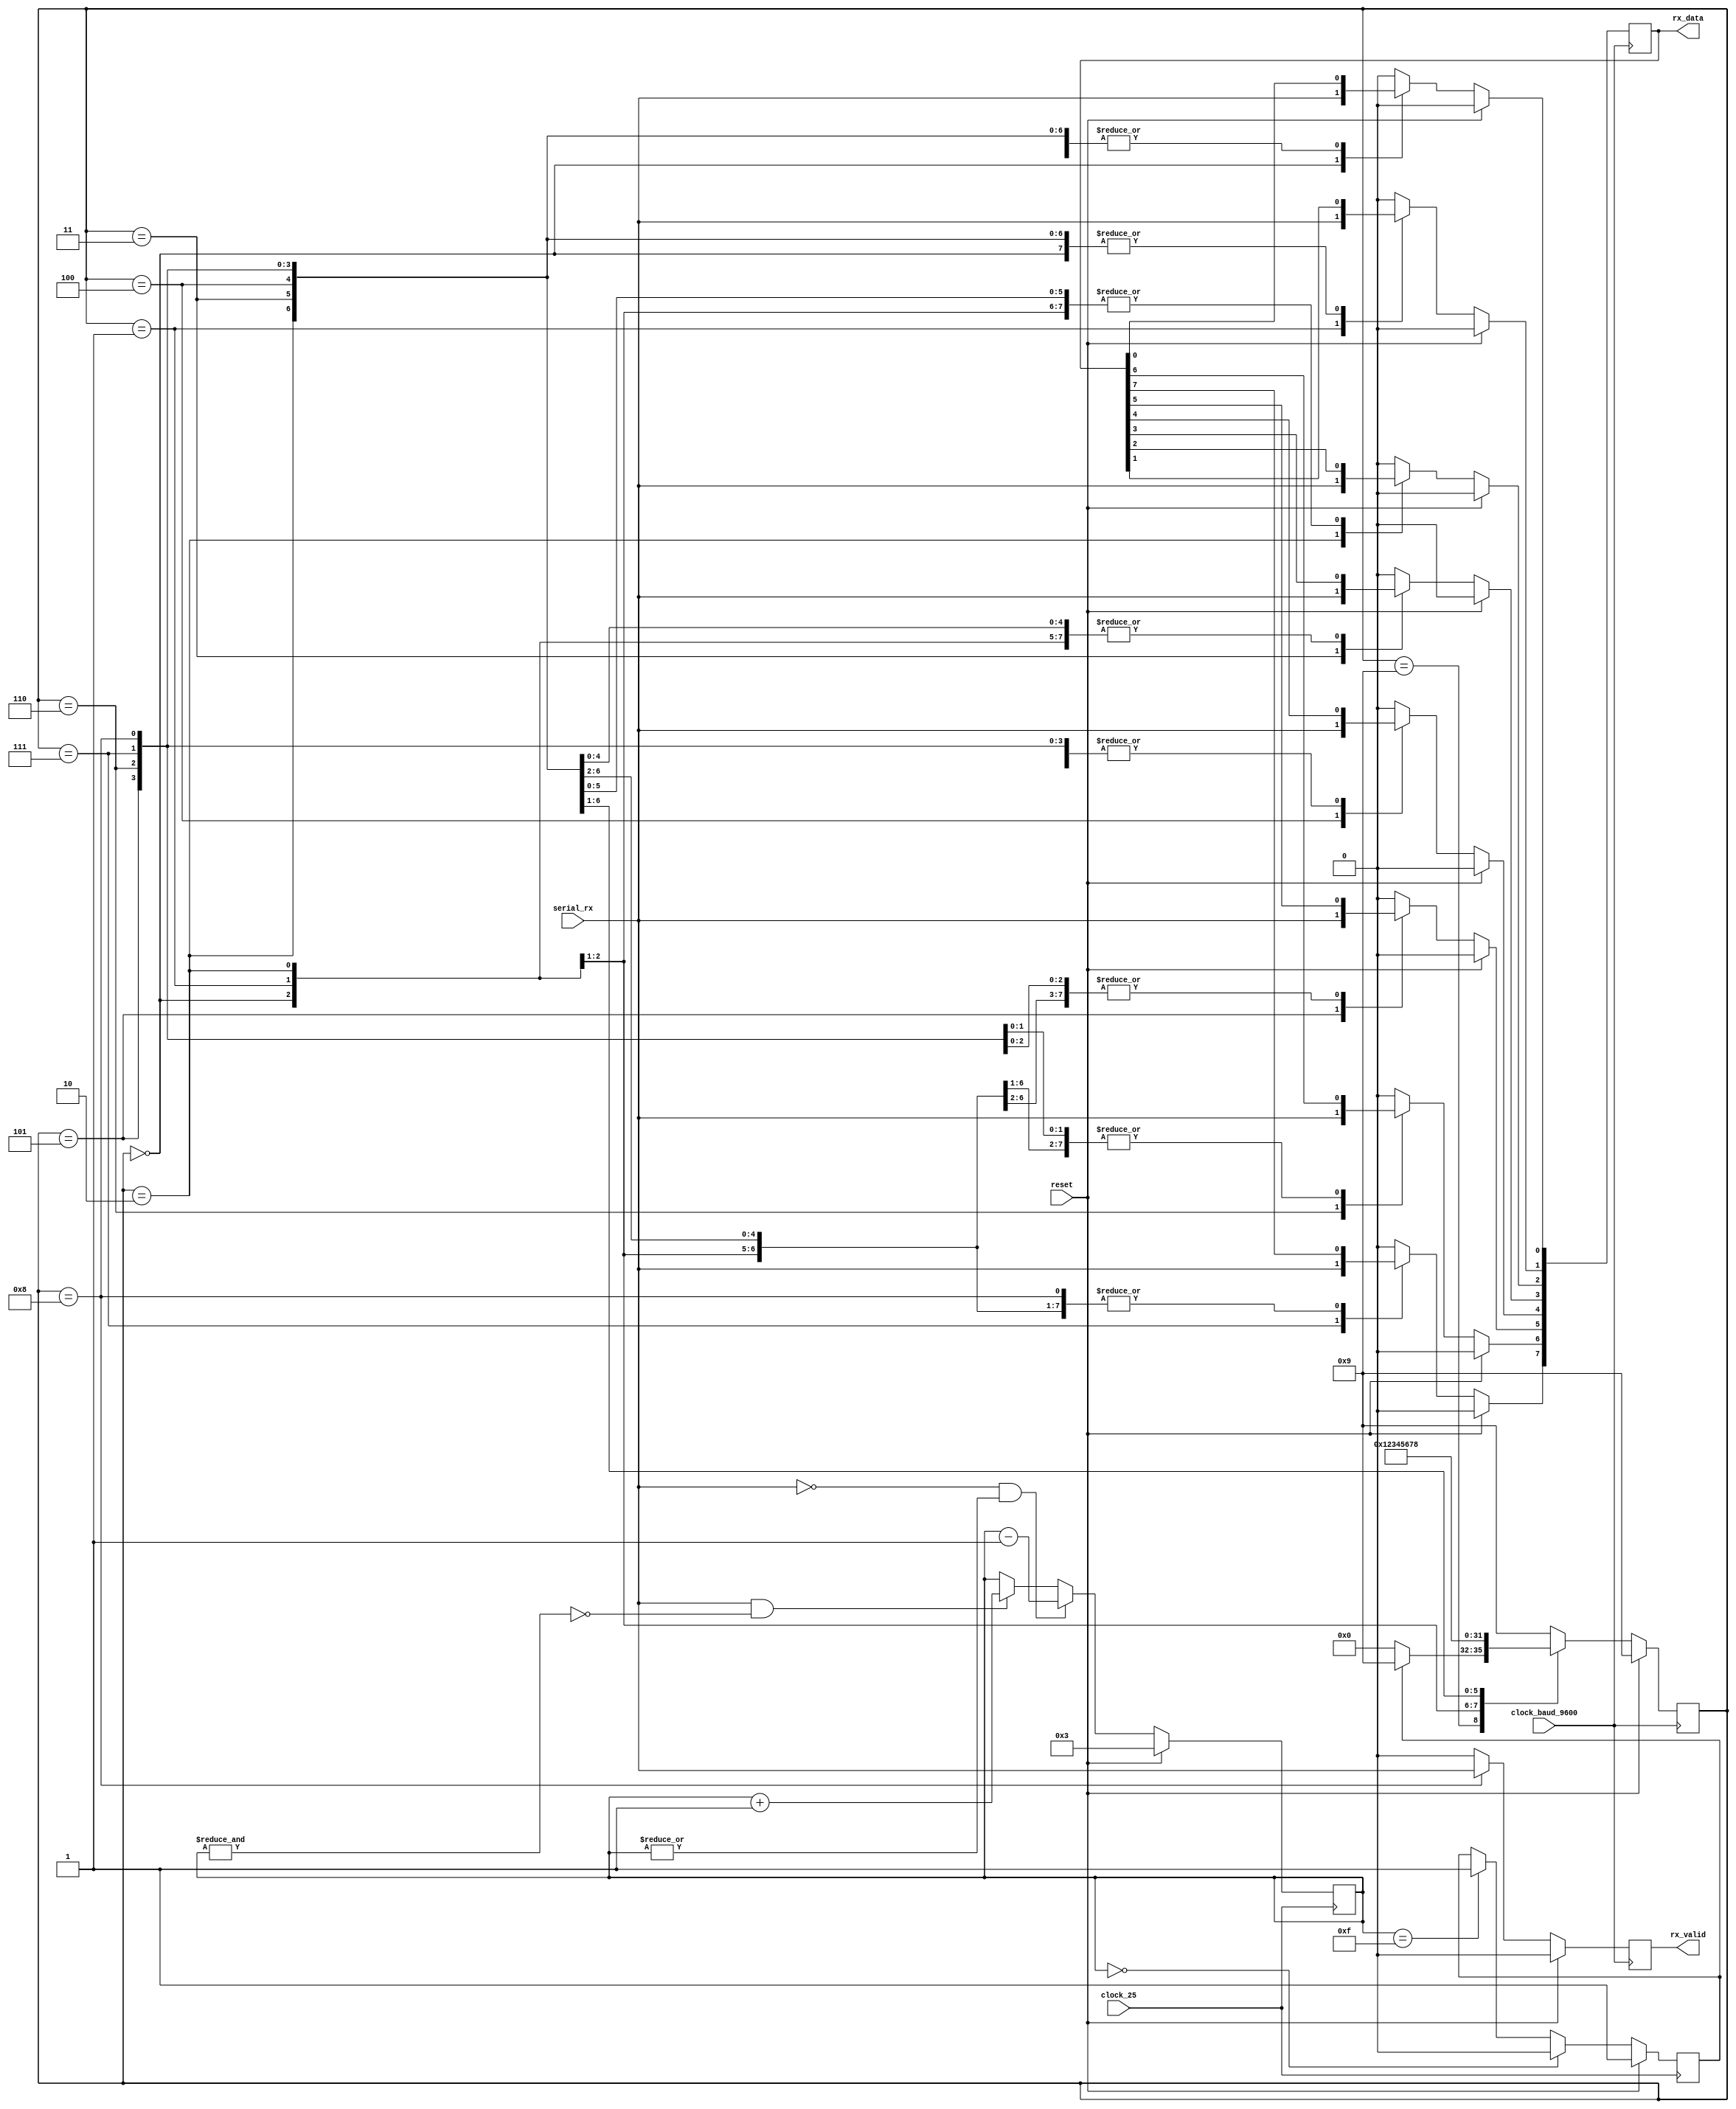
module uart_rx #(
    parameter COUNTER_WIDTH = 4
) (
    input clock_25, // a 25MHz or 25.125MHz clock.
    input clock_baud_9600,
    input reset,

    input serial_rx,
    output reg rx_valid,
    output reg [7:0] rx_data
);

localparam IDLE = 4'h9;
//localparam START_BIT = 4'hA;
localparam BIT0 = 4'h0;
localparam BIT1 = 4'h1;
localparam BIT2 = 4'h2;
localparam BIT3 = 4'h3;
localparam BIT4 = 4'h4;
localparam BIT5 = 4'h5;
localparam BIT6 = 4'h6;
localparam BIT7 = 4'h7;
localparam STOP_BIT = 4'h8;

reg rx_bit;
reg [3:0] state;
reg [COUNTER_WIDTH-1:0] sample_counter;

always@(posedge clock_25) begin
    if(reset) begin
        sample_counter <= 2'b11; // Rx is high when idle
    //end else if( ~serial_rx && sample_counter != {COUNTER_WIDTH{1'b0}} ) begin
    end else if( ~serial_rx && (|sample_counter) ) begin
        sample_counter <= sample_counter - { {COUNTER_WIDTH-1{1'b0}}, 1'b1};
    //end else if( serial_rx && sample_counter != 2'b11) begin
    end else if( serial_rx && ~(&sample_counter) ) begin
        sample_counter <= sample_counter + { {COUNTER_WIDTH-1{1'b0}}, 1'b1};
    end
end

always@(posedge clock_25) begin
    if(reset) begin
        rx_bit <= 1'b1; // Rx is high when idle
    end else if( sample_counter == {COUNTER_WIDTH{1'b0}} ) begin
        rx_bit <= 1'b0;
    end else if( sample_counter == {COUNTER_WIDTH{1'b1}} ) begin
        rx_bit <= 1'b1;
    end
end



always@(posedge clock_baud_9600) begin
    if(reset) begin
        state <= IDLE;
        rx_data <= 8'h00;
        rx_valid <= 1'b0;
    end else begin
        case(state)
            IDLE:
            begin
                state <= rx_bit ? IDLE : BIT0;
                rx_data <= 8'h00;
                rx_valid <= 1'b0;
            end
            BIT0:
            begin
                state <= BIT1;
                rx_data[0] <= serial_rx;
                rx_valid <= 1'b0;
            end
            BIT1:
            begin
                state <= BIT2;
                rx_data[1] <= serial_rx;
                rx_valid <= 1'b0;
            end
            BIT2:
            begin
                state <= BIT3;
                rx_data[2] <= serial_rx;
                rx_valid <= 1'b0;
            end
            BIT3:
            begin
                state <= BIT4;
                rx_data[3] <= serial_rx;
                rx_valid <= 1'b0;
            end
            BIT4:
            begin
                state <= BIT5;
                rx_data[4] <= serial_rx;
                rx_valid <= 1'b0;
            end
            BIT5:
            begin
                state <= BIT6;
                rx_data[5] <= serial_rx;
                rx_valid <= 1'b0;
            end
            BIT6:
            begin
                state <= BIT7;
                rx_data[6] <= serial_rx;
                rx_valid <= 1'b0;
            end
            BIT7:
            begin
                state <= STOP_BIT;
                rx_data[7] <= serial_rx;
                rx_valid <= 1'b0;
            end
            STOP_BIT:
            begin
                state <= IDLE;
                rx_valid <= serial_rx; // only valid if stop bit recieved
            end
            default:
            begin
                state <= IDLE;
                rx_data <= 8'h00;
                rx_valid <= 1'b0;
            end
        endcase
    end
end

endmodule